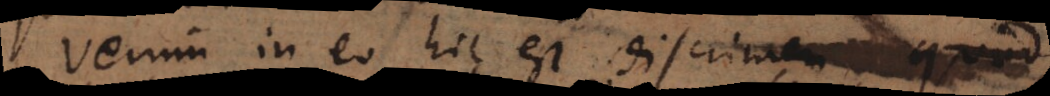
Verum in eo hic est discrimen, nam